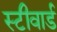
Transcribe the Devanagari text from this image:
स्टीवार्ड